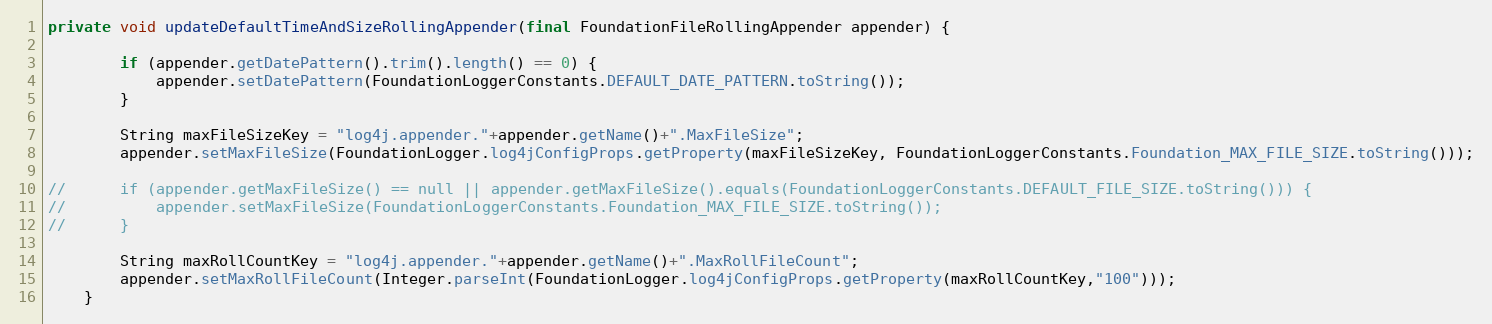
Language: Java
private void updateDefaultTimeAndSizeRollingAppender(final FoundationFileRollingAppender appender) {

		if (appender.getDatePattern().trim().length() == 0) {
			appender.setDatePattern(FoundationLoggerConstants.DEFAULT_DATE_PATTERN.toString());
		}

		String maxFileSizeKey = "log4j.appender."+appender.getName()+".MaxFileSize";
		appender.setMaxFileSize(FoundationLogger.log4jConfigProps.getProperty(maxFileSizeKey, FoundationLoggerConstants.Foundation_MAX_FILE_SIZE.toString()));

//		if (appender.getMaxFileSize() == null || appender.getMaxFileSize().equals(FoundationLoggerConstants.DEFAULT_FILE_SIZE.toString())) {
//			appender.setMaxFileSize(FoundationLoggerConstants.Foundation_MAX_FILE_SIZE.toString());
//		}

		String maxRollCountKey = "log4j.appender."+appender.getName()+".MaxRollFileCount";
		appender.setMaxRollFileCount(Integer.parseInt(FoundationLogger.log4jConfigProps.getProperty(maxRollCountKey,"100")));
	}